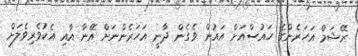
ރޭޝަމް އަހަރެންގެ ހައުސްއަށް އައުން ވެގެން ދާނީ އަހަރެންނަށް އޭނާ އާއި އެކުވެރިވެލަށް